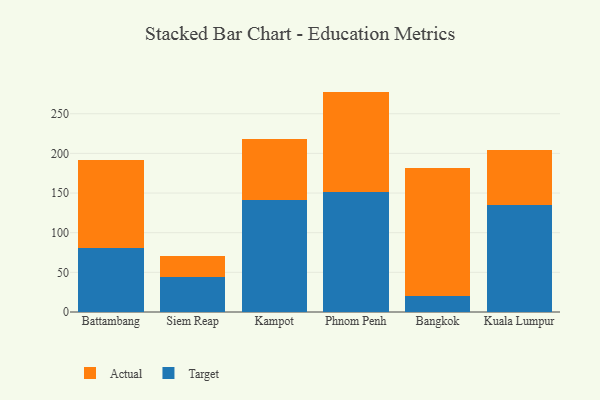
{"axis": {"x": "City", "y": "Tickets Resolved"}, "legend": ["Actual", "Target"], "data": [{"x": "Battambang", "y": 80.2, "type": "Target"}, {"x": "Battambang", "y": 111.7, "type": "Actual"}, {"x": "Siem Reap", "y": 43.8, "type": "Target"}, {"x": "Siem Reap", "y": 26.2, "type": "Actual"}, {"x": "Kampot", "y": 140.9, "type": "Target"}, {"x": "Kampot", "y": 77.6, "type": "Actual"}, {"x": "Phnom Penh", "y": 151.5, "type": "Target"}, {"x": "Phnom Penh", "y": 126.4, "type": "Actual"}, {"x": "Bangkok", "y": 20.7, "type": "Target"}, {"x": "Bangkok", "y": 160.3, "type": "Actual"}, {"x": "Kuala Lumpur", "y": 135.2, "type": "Target"}, {"x": "Kuala Lumpur", "y": 69.0, "type": "Actual"}]}